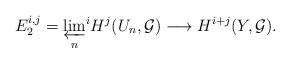
LaTeX: \begin{align*} E_2^{i,j}=\varprojlim_n\!{}^i H^j(U_n,\mathcal{G})\longrightarrow H^{i+j}(Y,\mathcal{G}). \end{align*}